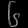
Digit: ၆